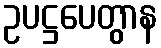
ဥပဋ္ဌပေတွာန